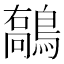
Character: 𪄘